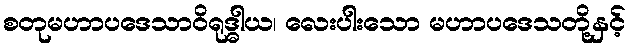
စတုမဟာပဒေသာဝိရုဒ္ဓါယ၊ လေးပါးသော မဟာပဒေသတို့နှင့်